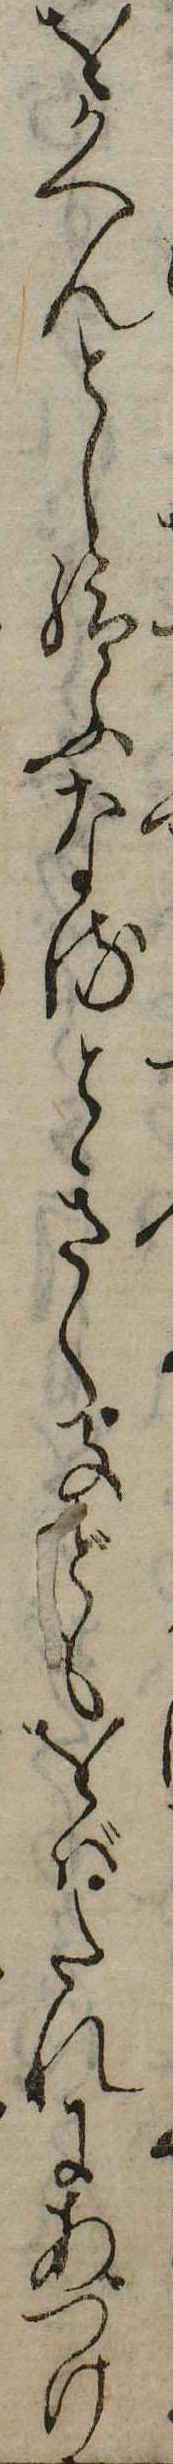
をかへんとし給ふなるとき〱子どもをばたれにあづけ